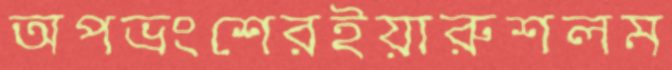
অপভ্রংশেরইয়ারুশলম